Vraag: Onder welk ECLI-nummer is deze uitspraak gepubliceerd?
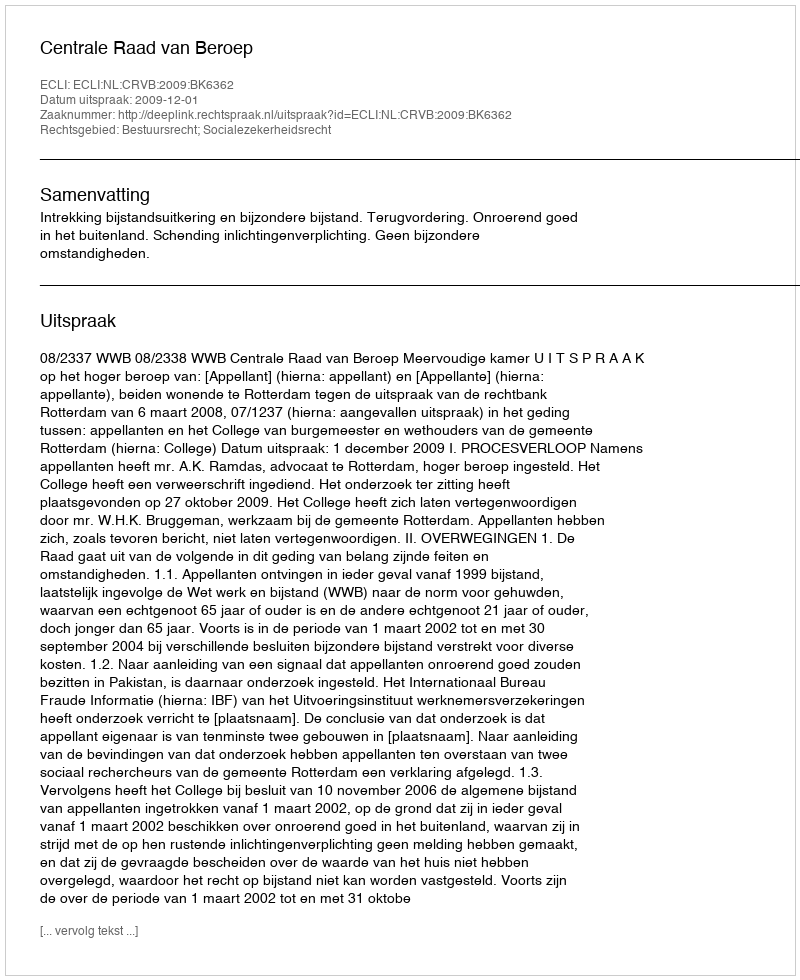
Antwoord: ECLI:NL:CRVB:2009:BK6362